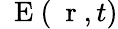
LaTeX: \mathrm{~\mathbf~E~}(\mathrm{~\mathbf~r~},t)